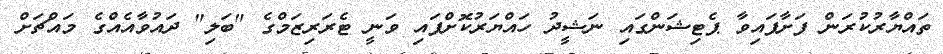
ތައްޔާރުކުރަން ފަށާފައިވާ ޕެޓިޝަންގައި ނަޝީދު ހައްޔަރުކޮށްފައި ވަނީ ޓެރަރިޒަމްގެ "ބަލި" ދައުވާއެއްގެ މައްޗަށް